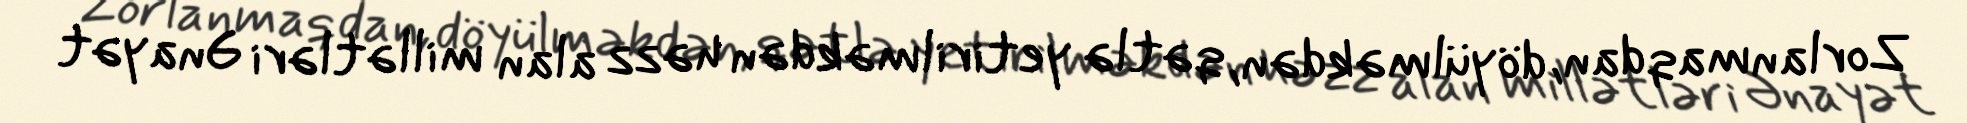
Zorlanmaqdan, döyülməkdən, qətlə yetirilməkdən həzz alan millətləri Ənayət